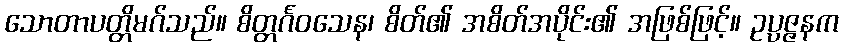
သောတာပတ္တိမဂ်သည်။ စိတ္တင်္ဂဝသေန၊ စိတ်၏ အစိတ်အပိုင်း၏ အဖြစ်ဖြင့်။ ဥပ္ပဇ္ဇနက